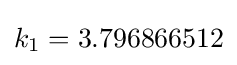
k_{1}=3.796866512